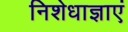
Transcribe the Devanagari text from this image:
निशेधाज्ञाएं